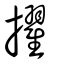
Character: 擢